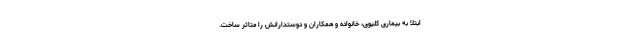
ابتلا به بیماری کلیوی، خانواده و همکاران و دوستدارانش را متاثر ساخت.